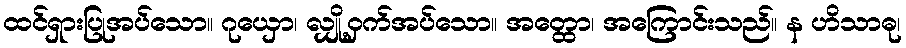
ထင်ရှားပြုအပ်သော။ ဂုယှော၊ လျှို့ဝှက်အပ်သော။ အတ္ထော၊ အကြောင်းသည်။ န ဟိသာဓု၊